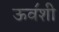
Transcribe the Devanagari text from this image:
ऊव॔शी